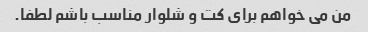
من می خواهم برای کت و شلوار مناسب باشم لطفا.